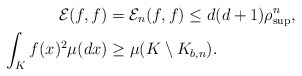
\begin{align*} \mathcal{E} (f,f) &= \mathcal{E} _n(f,f) \leq d(d+1) \rho^n_{\sup}, \\ \int_K f(x)^2 \mu(dx) & \geq \mu(K\setminus K_{b,n}).\end{align*}